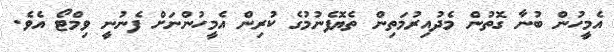
އެމީހުން ބުނާ ގޮތުން މެދުއިރުމަތިން ތެޔޮފެނުމުގެ ކުރިން އެމީހުންނަށް ފެނުނީ ވިމްޓޯ އެވެ.